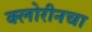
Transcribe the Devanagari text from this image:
क्लोरीनचा